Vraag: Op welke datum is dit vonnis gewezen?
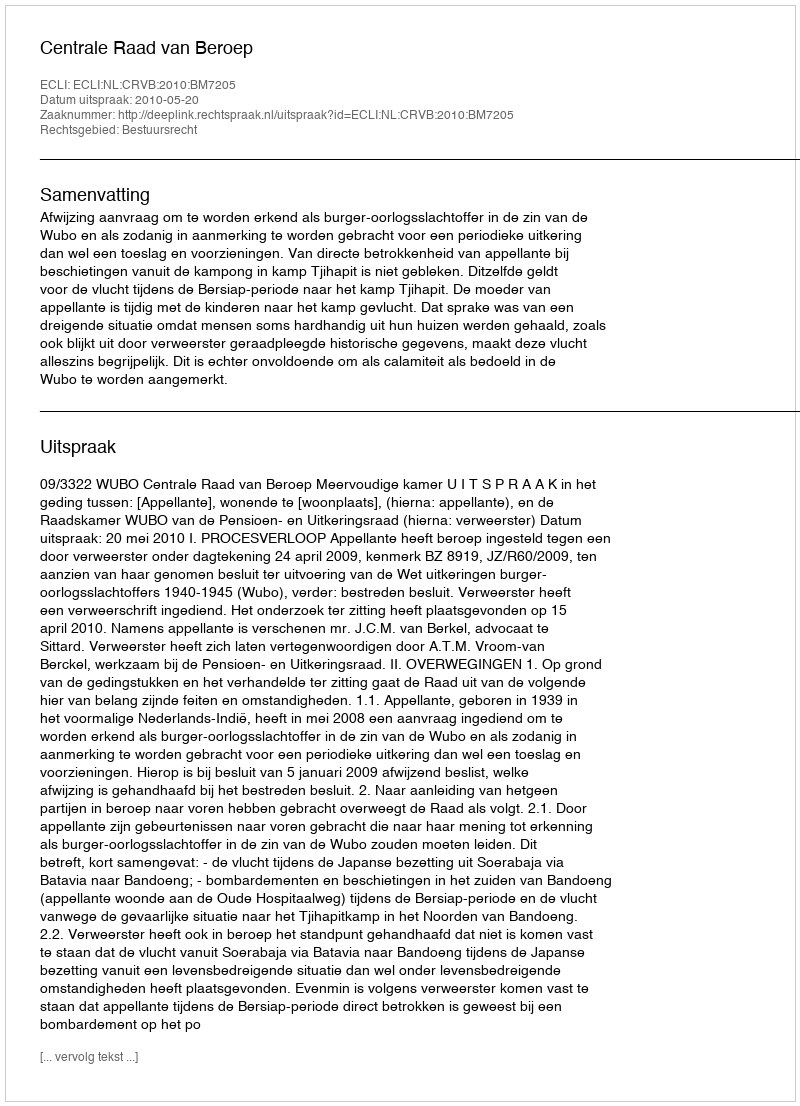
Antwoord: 2010-05-20